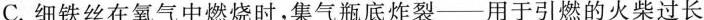
C.细铁丝在氧气中燃烧时，集气瓶底炸裂—用于引燃的火柴过长